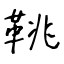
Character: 鞉